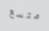
متسع